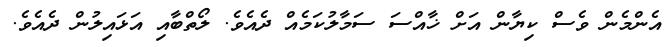
އެންމެން ވެސް ކިޔާން އަށް ޚާއްސަ ސަމާލުކަމެއް ދެއެވެ. ލޯތްބާއި އަޅައިލުން ދެއެވެ.